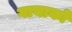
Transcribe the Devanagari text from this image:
गायाकों